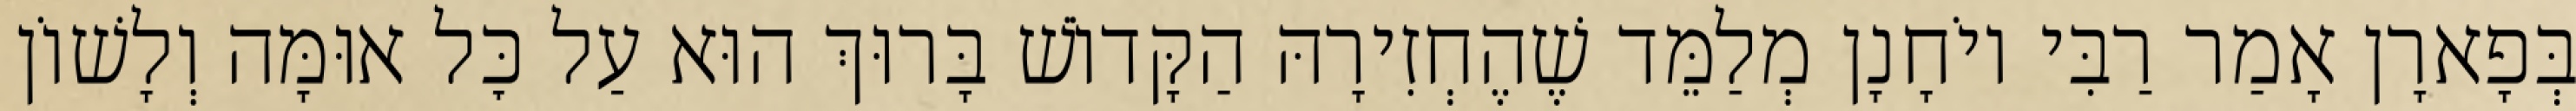
בְּפָארָן אָמַר רַבִּי יוֹחָנָן מְלַמֵּד שֶׁהֶחְזִירָהּ הַקָּדוֹשׁ בָּרוּךְ הוּא עַל כׇּל אוּמָּה וְלָשׁוֹן